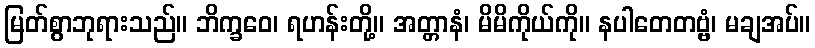
မြတ်စွာဘုရားသည်။ ဘိက္ခဝေ၊ ရဟန်းတို့။ အတ္တာနံ၊ မိမိကိုယ်ကို။ နပါတေတဗ္ဗံ၊ မချအပ်။